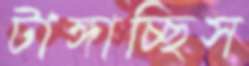
টাঙ্গাচ্ছিস